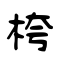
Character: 桍